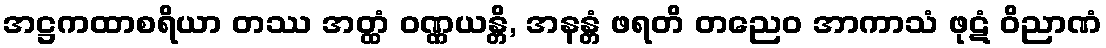
အဋ္ဌကထာစရိယာ တဿ အတ္ထံ ဝဏ္ဏယန္တိ, အနန္တံ ဖရတိ တညေဝ အာကာသံ ဖုဋံ ဝိညာဏံ